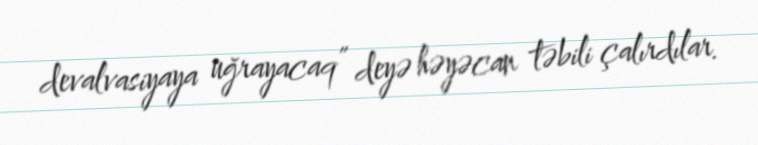
devalvasiyaya uğrayacaq” deyə həyəcan təbili çalırdılar.